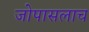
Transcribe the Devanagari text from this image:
जोपासलाच